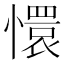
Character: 懁